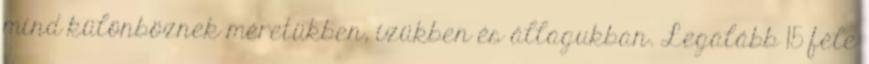
mind különböznek méretükben, ízükben és állagukban. Legalább 15 féle